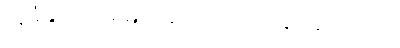
သူခံနိုင်ရည်ရှိမလဲဆိုတာကို သိချင်ခဲ့ပါတယ်။